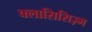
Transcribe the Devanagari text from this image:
क्लासिसिज़्म